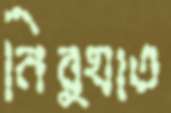
নির্ঘাত